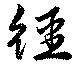
繮